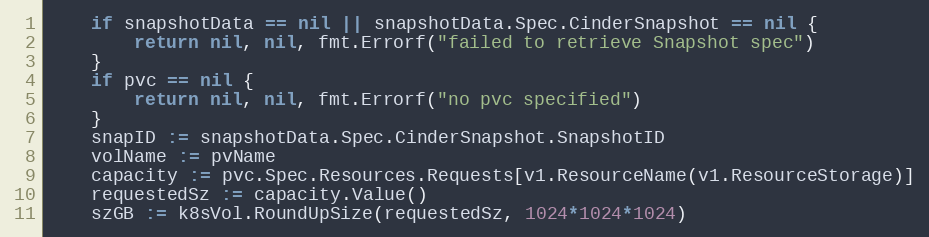
Language: Go
	if snapshotData == nil || snapshotData.Spec.CinderSnapshot == nil {
		return nil, nil, fmt.Errorf("failed to retrieve Snapshot spec")
	}
	if pvc == nil {
		return nil, nil, fmt.Errorf("no pvc specified")
	}
	snapID := snapshotData.Spec.CinderSnapshot.SnapshotID
	volName := pvName
	capacity := pvc.Spec.Resources.Requests[v1.ResourceName(v1.ResourceStorage)]
	requestedSz := capacity.Value()
	szGB := k8sVol.RoundUpSize(requestedSz, 1024*1024*1024)